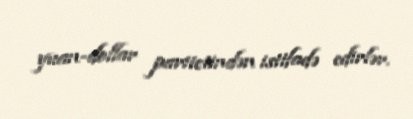
yuan-dollar paritetindən istifadə edirlər.